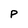
Character: P